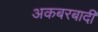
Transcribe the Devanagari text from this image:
अकबरबादी